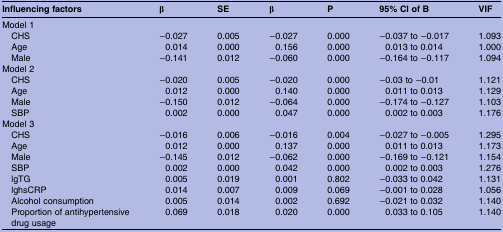
<table><thead><tr><td><b>Influencing factors</b></td><td><b>β</b></td><td><b>SE</b></td><td><b>β</b></td><td><b>P</b></td><td><b>95% CI of B</b></td><td><b>VIF</b></td></tr></thead><tbody><tr><td colspan="7">Model 1</td></tr><tr><td> CHS</td><td>−0.027</td><td>0.005</td><td>−0.027</td><td>0.000</td><td>−0.037 to −0.017</td><td>1.093</td></tr><tr><td> Age</td><td>0.014</td><td>0.000</td><td>0.156</td><td>0.000</td><td>0.013 to 0.014</td><td>1.000</td></tr><tr><td> Male</td><td>−0.141</td><td>0.012</td><td>−0.060</td><td>0.000</td><td>−0.164 to −0.117</td><td>1.094</td></tr><tr><td colspan="7">Model 2</td></tr><tr><td> CHS</td><td>−0.020</td><td>0.005</td><td>−0.020</td><td>0.000</td><td>−0.03 to −0.01</td><td>1.121</td></tr><tr><td> Age</td><td>0.012</td><td>0.000</td><td>0.140</td><td>0.000</td><td>0.011 to 0.013</td><td>1.129</td></tr><tr><td> Male</td><td>−0.150</td><td>0.012</td><td>−0.064</td><td>0.000</td><td>−0.174 to −0.127</td><td>1.103</td></tr><tr><td> SBP</td><td>0.002</td><td>0.000</td><td>0.047</td><td>0.000</td><td>0.002 to 0.003</td><td>1.176</td></tr><tr><td colspan="7">Model 3</td></tr><tr><td> CHS</td><td>−0.016</td><td>0.006</td><td>−0.016</td><td>0.004</td><td>−0.027 to −0.005</td><td>1.295</td></tr><tr><td> Age</td><td>0.012</td><td>0.000</td><td>0.137</td><td>0.000</td><td>0.011 to 0.013</td><td>1.173</td></tr><tr><td> Male</td><td>−0.145</td><td>0.012</td><td>−0.062</td><td>0.000</td><td>−0.169 to −0.121</td><td>1.154</td></tr><tr><td> SBP</td><td>0.002</td><td>0.000</td><td>0.042</td><td>0.000</td><td>0.002 to 0.003</td><td>1.276</td></tr><tr><td> lgTG</td><td>0.005</td><td>0.019</td><td>0.001</td><td>0.802</td><td>−0.033 to 0.042</td><td>1.131</td></tr><tr><td> lghsCRP</td><td>0.014</td><td>0.007</td><td>0.009</td><td>0.069</td><td>−0.001 to 0.028</td><td>1.056</td></tr><tr><td> Alcohol consumption</td><td>0.005</td><td>0.014</td><td>0.002</td><td>0.692</td><td>−0.021 to 0.032</td><td>1.140</td></tr><tr><td> Proportion of antihypertensive drug usage</td><td>0.069</td><td>0.018</td><td>0.020</td><td>0.000</td><td>0.033 to 0.105</td><td>1.140</td></tr></tbody></table>